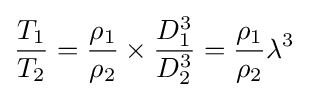
{\frac {T_{1}}{T_{2}}}={\frac {\rho _{1}}{\rho _{2}}}\times {\frac {D_{1}^{3}}{D_{2}^{3}}}={\frac {\rho _{1}}{\rho _{2}}}\lambda ^{3}